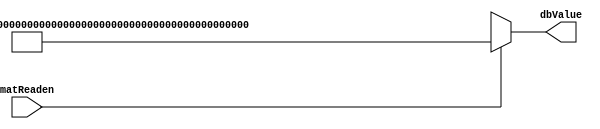
// This program was cloned from: https://github.com/ISKU/FAST9-Accelerator
// License: MIT License

module DBMEM (matReaden, dbValue);
	input matReaden;
	output [287:0] dbValue;
	
	// 36     matReaden 1   
	assign dbValue =
		(matReaden == 1'b1) ? 
		{8'd95, 8'd95, 8'd95, 8'd95, 8'd0, 8'd0, 8'd0, 8'd0, 8'd95, 8'd95, 8'd95, 8'd95,
		8'd159, 8'd159, 8'd255, 8'd255, 8'd159, 8'd159, 8'd159, 8'd159, 8'd255, 8'd255,
		8'd159, 8'd159, 8'd95, 8'd95, 8'd95, 8'd95, 8'd0, 8'd0, 8'd0, 8'd0, 8'd95, 8'd95, 8'd95, 8'd95} : 288'bx;
endmodule